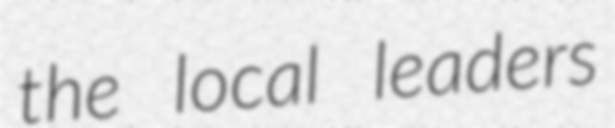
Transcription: the local leaders